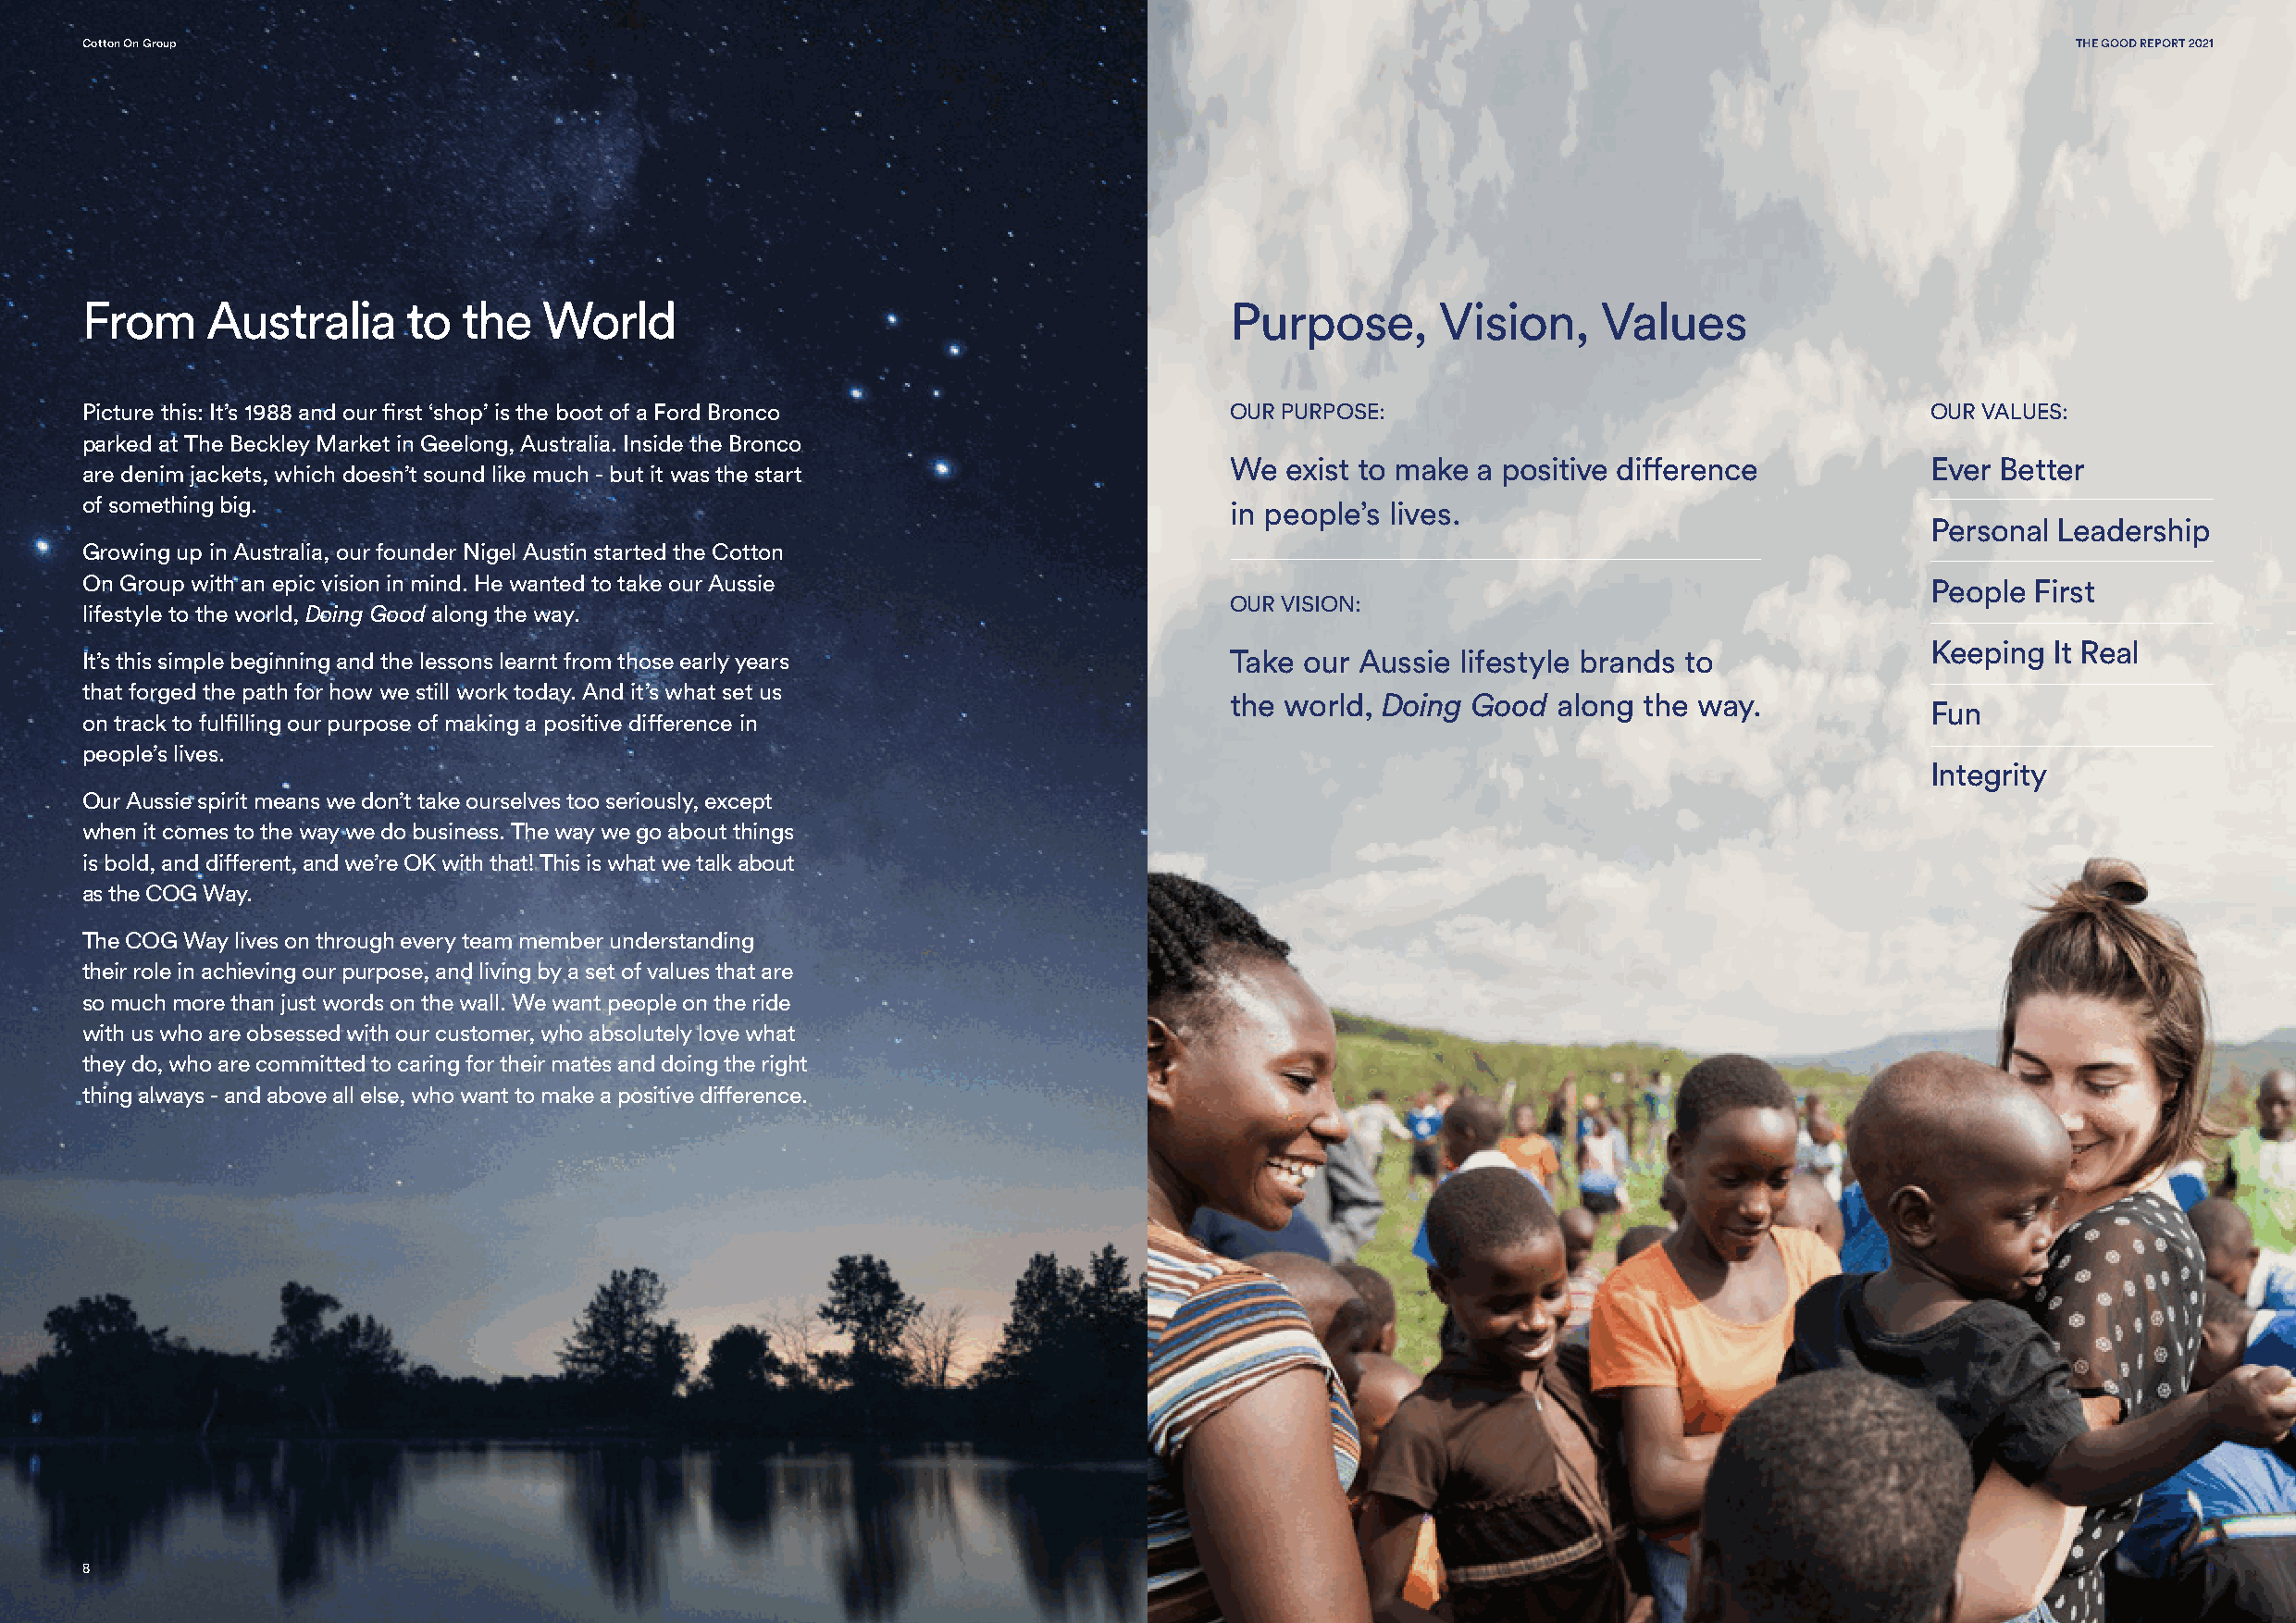
Cotton On Group                                                                                                                               THE GOOD REPORT 2021
 From     Australia     to  the   World                                            Purpose,       Vision,     Values
 Picture this: It’s 1988 and our first ‘shop’ is the boot of a Ford Bronco         OUR PURPOSE:                                      OUR VALUES:
 parked at The Beckley Market in Geelong, Australia. Inside the Bronco
 We  exist to make a positive difference           Ever Better
 are denim jackets, which doesn’t sound like much - but it was the start
 of something big.                                                                 in people’s lives.
 Personal Leadership
 Growing up in Australia, our founder Nigel Austin started the Cotton
 On Group with an epic vision in mind. He wanted to take our Aussie                                                                  People First
 OUR VISION:
 lifestyle to the world, Doing Good along the way.
 Keeping  It Real
 It’s this simple beginning and the lessons learnt from those early years          Take our Aussie lifestyle brands to
 that forged the path for how we still work today. And it’s what set us
 the world, Doing Good  along  the way.
 Fun
 on track to fulfilling our purpose of making a positive difference in
 people’s lives.
 Integrity
 Our Aussie spirit means we don’t take ourselves too seriously, except
 when it comes to the way we do business. The way we go about things
 is bold, and different, and we’re OK with that! This is what we talk about
 as the COG Way.
 The COG Way lives on through every team member understanding
 their role in achieving our purpose, and living by a set of values that are
 so much more than just words on the wall. We want people on the ride
 with us who are obsessed with our customer, who absolutely love what
 they do, who are committed to caring for their mates and doing the right
 thing always - and above all else, who want to make a positive difference.
 8                                                                                                                                                       9